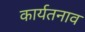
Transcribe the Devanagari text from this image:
कार्यतनाव